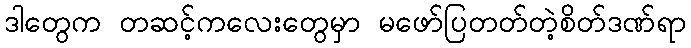
ဒါတွေက တဆင့်ကလေးတွေမှာ မဖော်ပြတတ်တဲ့စိတ်ဒဏ်ရာ